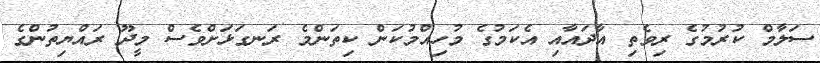
ސަލާމް ކުރުމުގެ ރިވެތި އާދައާއި އެކަމުގެ މުހިއްމުކަން ކިތަންމެ ރަނގަޅަށްވެސް މީދޫ ރައްޔިތުންގެ